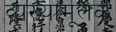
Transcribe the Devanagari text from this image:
व्यख्यामूलक